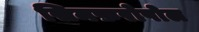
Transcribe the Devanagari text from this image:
सिमफ़रोपोल